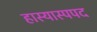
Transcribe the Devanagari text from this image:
हास्यास्पपद